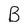
Character: B